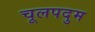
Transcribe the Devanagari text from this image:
चूलपदुम